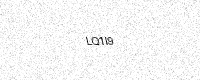
Text: LQ1I9